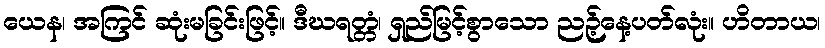
ယေန၊ အကြင် ဆုံးမခြင်းဖြင့်။ ဒီဃရတ္တံ၊ ရှည်မြင့်စွာသော ညဉ့်နေ့ပတ်လုံး။ ဟိတာယ၊